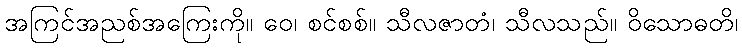
အကြင်အညစ်အကြေးကို။ ဝေ၊ စင်စစ်။ သီလဇာတံ၊ သီလသည်။ ဝိသောဓတိ၊